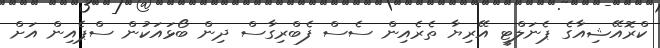
ކްރޮއޭޝިއާގެ ޕެނަލްޓީ އޭރިޔާ ތެރެއިން ސެސް ފެބްރިގާސް ދިން ބޯޅައަކުން ސްޕެއިން އަށް